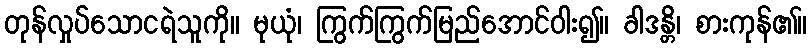
တုန်လှုပ်သောငရဲသူကို။ မုယုံ၊ ကြွက်ကြွက်မြည်အောင်ဝါး၍။ ခါဒန္တိ၊ စားကုန်၏။